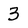
Character: 3